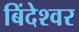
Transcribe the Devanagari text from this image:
बिंदेश्‍वर